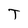
Character: T